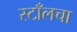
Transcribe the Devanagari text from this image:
स्टाँलचा